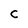
Character: C